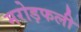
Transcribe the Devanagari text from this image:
मरोड़फली